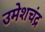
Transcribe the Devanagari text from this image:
उमेशचंद्र